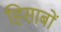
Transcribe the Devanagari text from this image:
हिसाबों